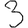
Digit: 3